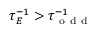
\tau _ { E } ^ { - 1 } > \tau _ { \mathrm { ~ o ~ d ~ d ~ } } ^ { - 1 }